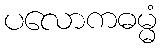
ပလောကဓမ္မံ